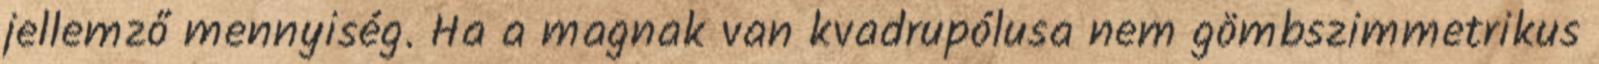
jellemző mennyiség. Ha a magnak van kvadrupólusa nem gömbszimmetrikus